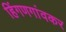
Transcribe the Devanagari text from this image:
हिंगणगांवकर